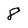
Character: 8